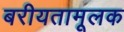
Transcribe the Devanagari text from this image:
बरीयतामूलक